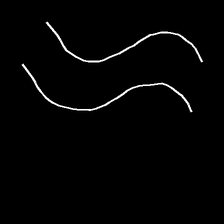
Glyph: float